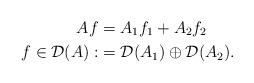
LaTeX: \begin{align*}Af & =A_{1}f_{1}+A_{2}f_{2}\\f\in\mathcal{D}(A) : & =\mathcal{D}(A_{1})\oplus\mathcal{D}(A_{2}).\end{align*}